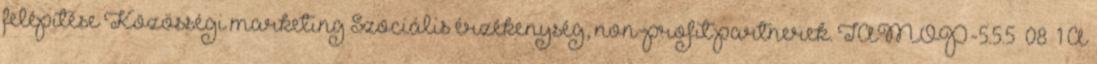
felépítése Közösségi marketing Szociális érzékenység, non-profit partnerek. TÁMOP-5.5.5 08 1 A